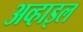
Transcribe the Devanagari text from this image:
अव्हाइल